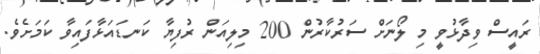
ރައީސް ވިދާޅުވީ މި ލޯނަށް ސަރުކާރުން 200 މިލިއަން ރުފިޔާ ކަނޑައަޅާފައިވާ ކަމަށެވެ.